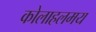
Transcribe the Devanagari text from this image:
कोलाहलमय